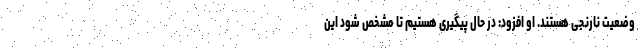
وضعیت نارنجی هستند. او افزود: در حال پیگیری هستیم تا مشخص شود این